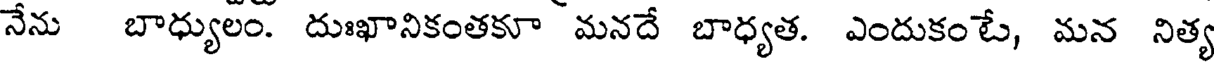
నేను బాధ్యులం. దుఃఖానికంతకూ మనదే బాధ్యత. ఎందుకంటే, మన నిత్య